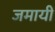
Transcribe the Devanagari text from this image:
जमायी